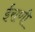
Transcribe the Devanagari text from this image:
ईराणी